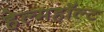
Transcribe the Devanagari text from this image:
हेल्महॉल्ट